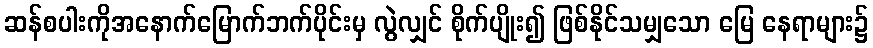
ဆန်စပါးကိုအနောက်မြောက်ဘက်ပိုင်းမှ လွဲလျှင် စိုက်ပျိုး၍ ဖြစ်နိုင်သမျှသော မြေ နေရာများ၌